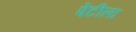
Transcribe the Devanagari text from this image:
पेटीला